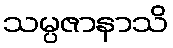
သမ္ပဇာနာသိ